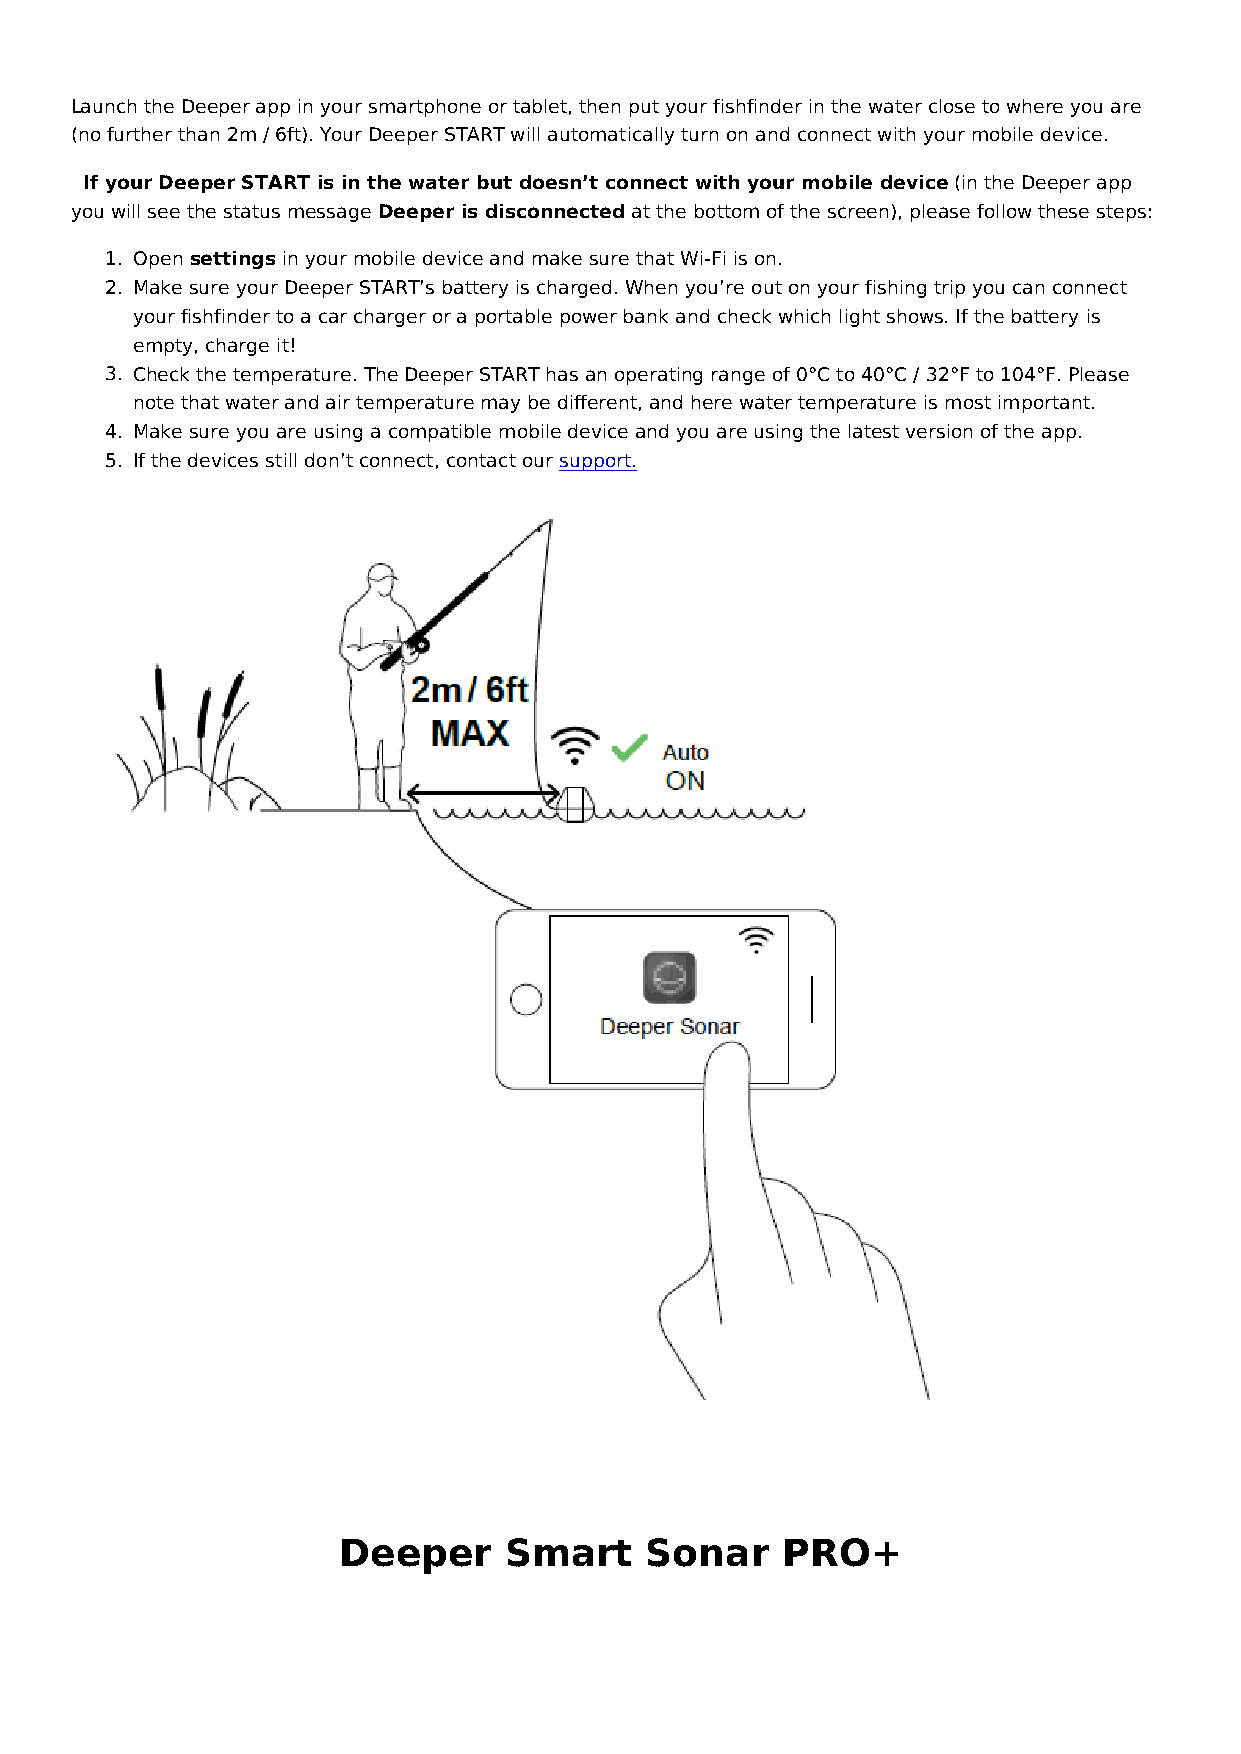
Launch the Deeper app in your smartphone or tablet, then put your fishfinder in the water close to where you are
 (no further than 2m / 6ft). Your Deeper START will automatically turn on and connect with your mobile device.
 ⓘI f your Deeper START is in the water but doesn’t connect with your mobile device (in the Deeper app
 you will see the status message Deeper is disconnected at the bottom of the screen), please follow these steps:
 1. Open settings in your mobile device and make sure that Wi-Fi is on.
 2. Make sure your Deeper START’s battery is charged. When you’re out on your fishing trip you can connect
 your fishfinder to a car charger or a portable power bank and check which light shows. If the battery is
 empty, charge it!
 3. Check the temperature. The Deeper START has an operating range of 0°C to 40°C / 32°F to 104°F. Please
 note that water and air temperature may be different, and here water temperature is most important.
 4. Make sure you are using a compatible mobile device and you are using the latest version of the app.
 5. If the devices still don’t connect, contact our support.
 Deeper     Smart     Sonar    PRO+